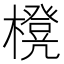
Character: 櫈